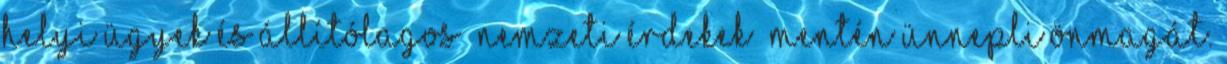
helyi ügyek és állítólagos “nemzeti érdekek” mentén ünnepli önmagát.